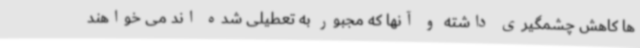
ها کاهش چشمگیری داشته و آنها که مجبور به تعطیلی شده اند می خواهند